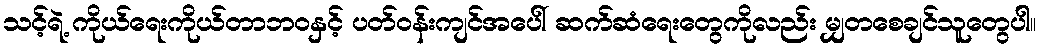
သင့်ရဲ့ ကိုယ်ရေးကိုယ်တာဘဝနှင့် ပတ်ဝန်းကျင်အပေါ် ဆက်ဆံရေးတွေကိုလည်း မျှတစေချင်သူတွေပါ။